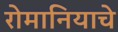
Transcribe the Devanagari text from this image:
रोमानियाचे